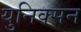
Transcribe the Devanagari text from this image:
युनिक्सन